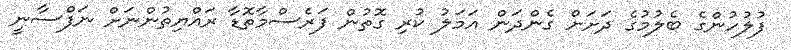
ފުލުހުންގެ ބެލުމުގެ ދަށަށް ގެންދަން އަމަލު ކުރި ގޮތުން ފަރެސްމާތޮޑާ ރައްޔިތުންނަށް ނަފްސާނީ